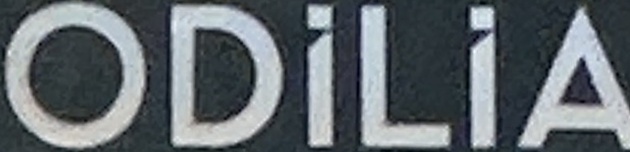
ODiLiA